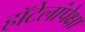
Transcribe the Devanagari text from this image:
हॉटेलांपेक्षा